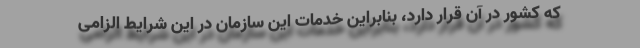
که کشور در آن قرار دارد، بنابراین خدمات این سازمان در این شرایط الزامی